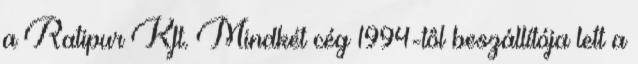
a Ratipur Kft. Mindkét cég 1994-tôl beszállítója lett a